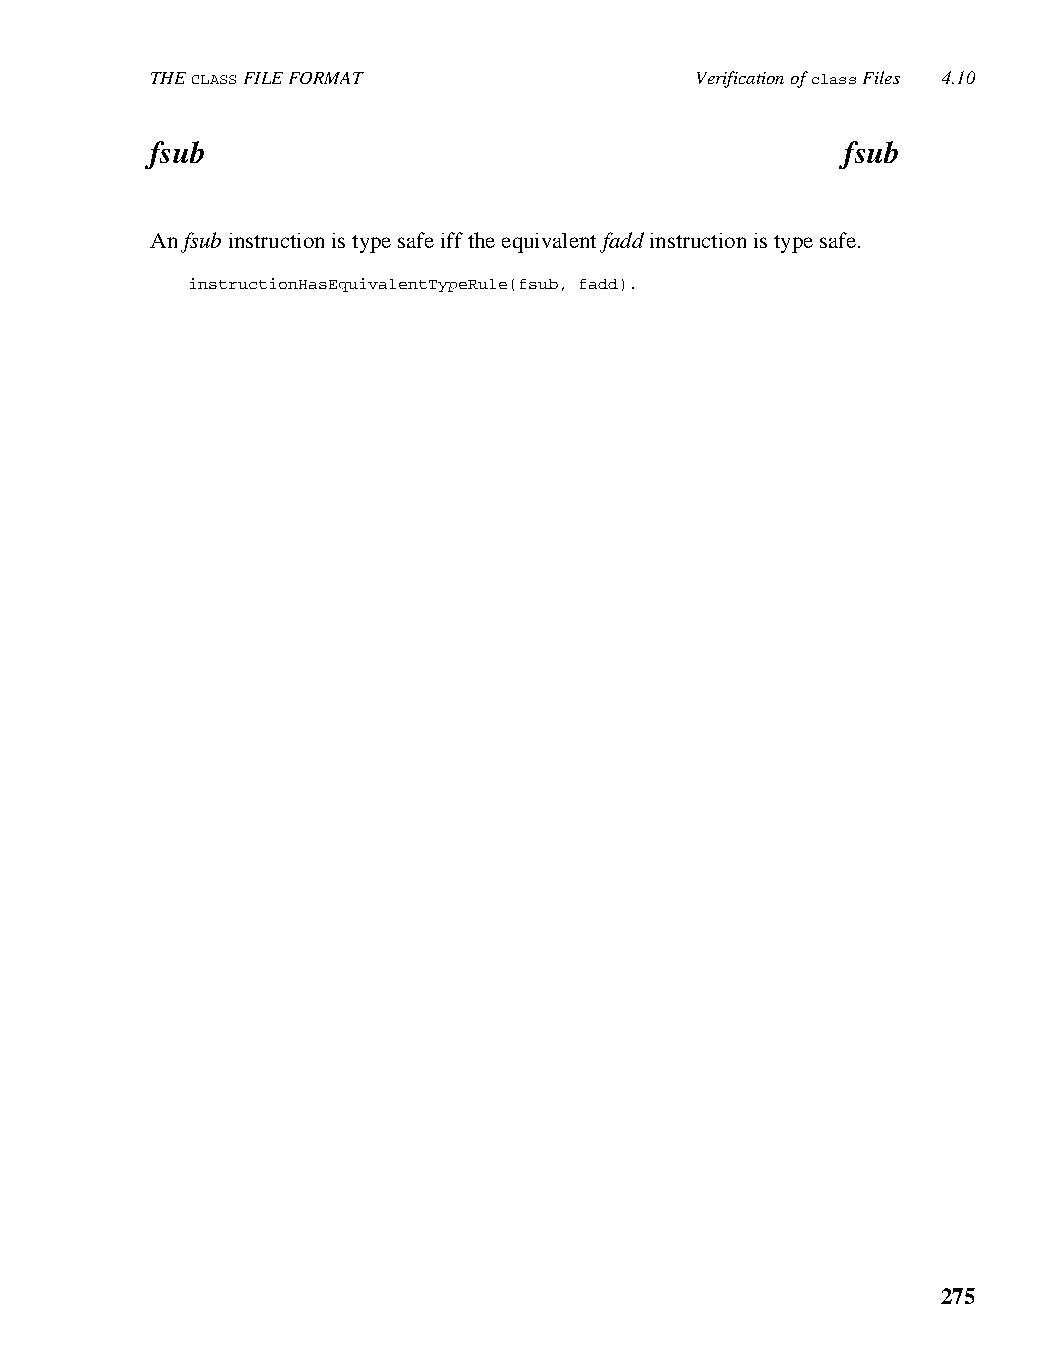
THE CLASS FILE FORMAT               Verification of class Files 4.10
 fsub                                          fsub
 An fsub instruction is type safe iff the equivalent fadd instruction is type safe.
 instructionHasEquivalentTypeRule(fsub, fadd).
 275